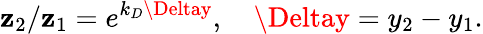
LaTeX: \mathbf{z}_{2}/\mathbf{z}_{1}=e^{k_{D}\Deltay},\quad\Deltay=y_{2}-y_{1}.